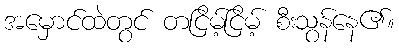
အမှောင်ထဲတွင် တငြိမ့်ငြိမ့် စီးသွန်နေ၏။